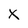
Character: X